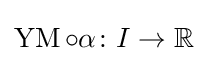
\operatorname {YM} \circ \alpha \colon I\rightarrow \mathbb {R}